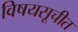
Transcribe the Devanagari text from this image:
विषयसूचीत